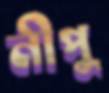
নীপু